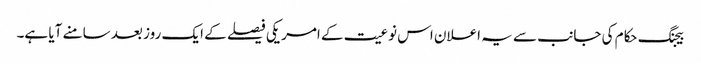
بیجنگ حکام کی جانب سے یہ اعلان اس نوعیت کے امریکی فیصلے کے ایک روز بعد سامنے آیا ہے۔